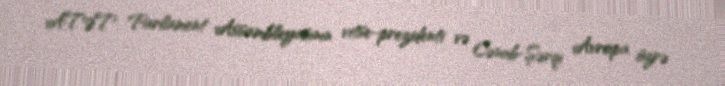
ATƏT Parlament Assambleyasının vitse-prezidenti və Cənub-Şərqi Avropa üzrə